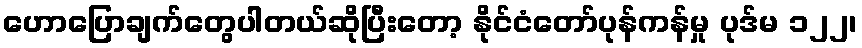
ဟောပြောချက်တွေပါတယ်ဆိုပြီးတော့ နိုင်ငံတော်ပုန်ကန်မှု ပုဒ်မ ၁၂၂၊